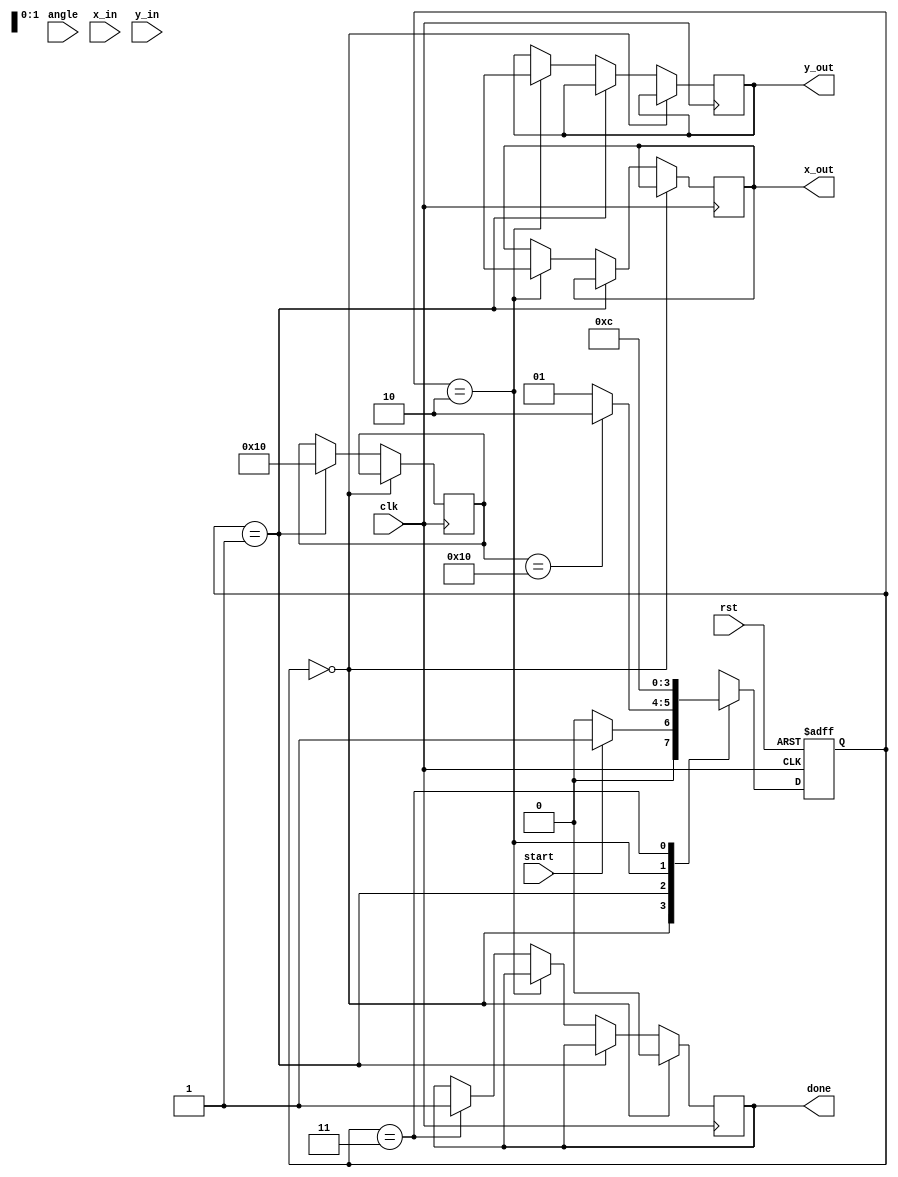
module cordic_pipelined #(parameter N = 16, // number of iterations
                          parameter ANGLE_WIDTH = 16, // angle representation width
                          parameter COORD_WIDTH = 16) // coordinate representation width
(
    input clk,
    input rst,
    input start,
    input [ANGLE_WIDTH-1:0] angle,           // Input angle for rotation
    input [COORD_WIDTH-1:0] x_in,            // Input x coordinate
    input [COORD_WIDTH-1:0] y_in,            // Input y coordinate
    output reg [COORD_WIDTH-1:0] x_out,      // Output x coordinate after rotation
    output reg [COORD_WIDTH-1:0] y_out,      // Output y coordinate after rotation
    output reg done                           // Completion flag
);

    localparam INIT      = 2'b00,
               ROTATION  = 2'b01,
               SCALING   = 2'b10,
               OUTPUT     = 2'b11;

    reg [1:0] state, next_state;
    
    // Registers for pipeline storage
    reg [COORD_WIDTH-1:0] x_reg [0:N-1]; // Stores x values
    reg [COORD_WIDTH-1:0] y_reg [0:N-1]; // Stores y values
    reg [ANGLE_WIDTH-1:0] angle_reg;      // Current angle register
    reg [N-1:0] angle_table [0:N-1];      // Precomputed arctangent values

    integer i;

    // Initialize the arctangent table
    initial begin
        // Precompute arctangent values here, example values are placeholders
        angle_table[0] = 16'h3FFF; // arctan(1) in a fixed-point format
        angle_table[1] = 16'h3FB6; // arctan(0.5)
        angle_table[2] = 16'h3F2D; // arctan(0.25)
        // Continue initializing arctangent values ...
    end

    // State transition logic
    always @(posedge clk or posedge rst) begin
        if (rst)
            state <= INIT;
        else
            state <= next_state;
    end

    // Next state logic
    always @(*) begin
        case(state)
            INIT: begin
                if (start)
                    next_state = ROTATION;
                else
                    next_state = INIT;
            end
            ROTATION: begin
                if (i == N)
                    next_state = SCALING;
                else
                    next_state = ROTATION;
            end
            SCALING: begin
                next_state = OUTPUT;
            end
            OUTPUT: begin
                next_state = INIT;
            end
            default: next_state = INIT;
        endcase
    end

    // Rotation logic
    always @(posedge clk) begin
        if (state == INIT) begin
            // Load initial values into pipeline registers
            x_reg[0] <= x_in;
            y_reg[0] <= y_in;
            angle_reg <= angle;
            done <= 0;
        end 
        else if (state == ROTATION) begin
            // Perform CORDIC rotation here, applying the basic CORDIC algorithm
            for (i = 0; i < N; i = i + 1) begin
                if (angle_reg >= angle_table[i]) begin
                    angle_reg <= angle_reg - angle_table[i]; // Update angle for rotation
                    x_reg[i + 1] <= x_reg[i] - (y_reg[i] >> i); // Update x coordinate
                    y_reg[i + 1] <= y_reg[i] + (x_reg[i] >> i); // Update y coordinate
                end else begin
                    angle_reg <= angle_reg + angle_table[i];
                    x_reg[i + 1] <= x_reg[i] + (y_reg[i] >> i);
                    y_reg[i + 1] <= y_reg[i] - (x_reg[i] >> i);
                end
            end
        end
        else if (state == SCALING) begin
            // Apply scaling to output coordinates
            x_out <= x_reg[N] >>> 1; // Scale down by factor (specific to CORDIC)
            y_out <= y_reg[N] >>> 1;
        end
        else if (state == OUTPUT) begin
            done <= 1; // Signal that processing is complete
        end
    end

endmodule